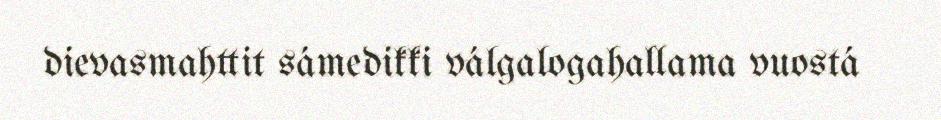
dievasmahttit sámedikki válgalogahallama vuostá